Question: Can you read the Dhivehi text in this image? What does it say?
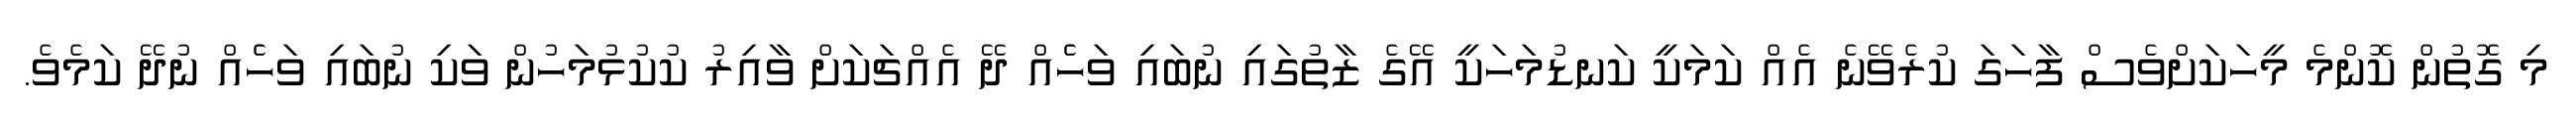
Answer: މި ގޮތުން ކޮންމެ މީހަކަށްވެސް ފާހަގަ ކުރެވޭނެ އެއް ކަމަކީ ކަނޑުމަހަކީ އޭގެ ޒާތުގައި ނުބައި ވަހެެއް ދޭ އެއްޗަކަށް ވާއިރު ކުކުޅުމަހުން ވަކި ނުބައި ވަހެެއް ނުދޭ ކަމެވެ.